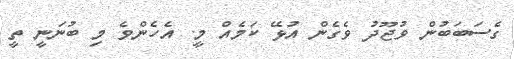
ގެސަބަބުން ވުޖޫދު ވެގެން އުޅޭ ކަމެއް މީ. އެހެންވެ މި ބުނަނީ ތީ